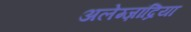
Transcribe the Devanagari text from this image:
अलेग्ज़ांद्रिया